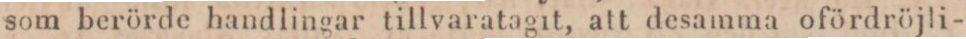
som berörde handlingar tillvaratagit, att desamma ofördröjli-